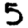
Digit: 5